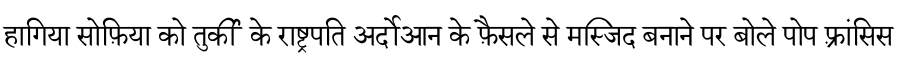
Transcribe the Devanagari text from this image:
हागिया सोफ़िया को तुर्की के राष्ट्रपति अर्दोआन के फ़ैसले से मस्जिद बनाने पर बोले पोप फ़्रांसिस